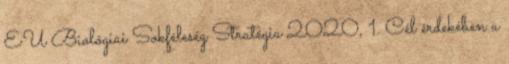
EU Biológiai Sokféleség Stratégia 2020, 1. Cél érdekében a